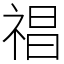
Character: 𥚕